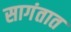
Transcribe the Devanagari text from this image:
सागंतात